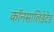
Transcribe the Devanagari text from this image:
कॉनसालिडेटेड